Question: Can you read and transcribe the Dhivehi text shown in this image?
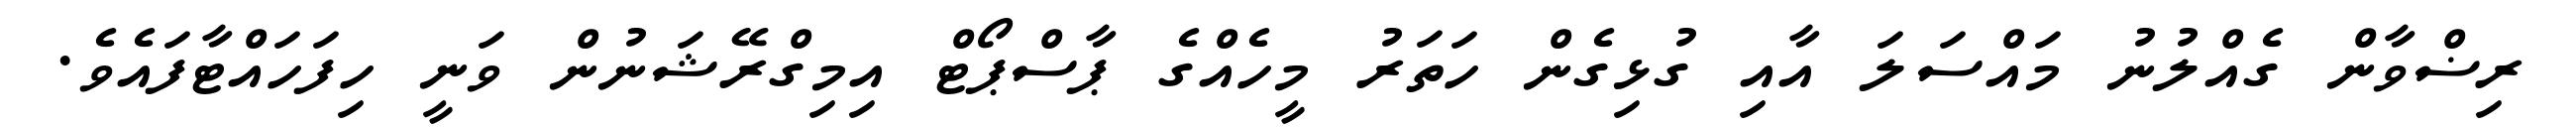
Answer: ރިޟްވާން ގެއްލުނު މައްސަލަ އާއި ގުޅިގެން ހަތަރު މީހެއްގެ ޕާސްޕޯޓް އިމިގްރޭޝަނުން ވަނީ ހިފަހައްޓާފައެވެ.